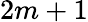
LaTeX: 2m+1